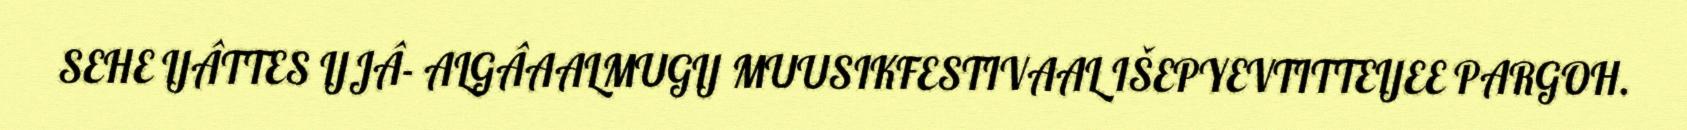
SEHE IJÂTTES IJJÂ- ALGÂAALMUGIJ MUUSIKFESTIVAAL IŠEPYEVTITTEIJEE PARGOH.